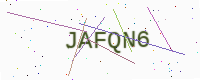
Text: JAFQN6